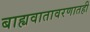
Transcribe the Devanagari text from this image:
बाह्यवातावरणातही